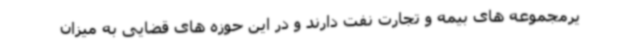
یرمجموعه های بیمه و تجارت نفت دارند و در این حوزه های قضایی به میزان